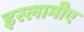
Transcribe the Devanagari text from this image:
इस्लामीए